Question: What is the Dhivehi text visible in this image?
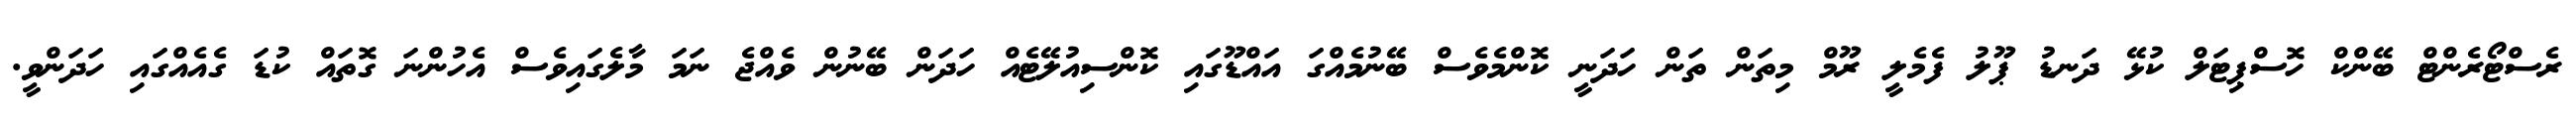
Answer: ރެސްޓޯރެންޓް ބޭންކް ހޮސްޕިޓަލް ކުޅޭ ދަނޑު ޕޫލު ފެމެލީ ރޫމް މިތަން ތަން ހަދަނީ ކޮންމެވެސް ބޭނުމެއްގަ އައްޑޫގައި ކޮންސިއުލޭޓެއް ހަދަން ބޭނުން ވެއްޖެ ނަމަ މާލެގައިވެސް އެހުންނަ ގޮތައް ކުޑަ ގެއެއްގައި ހަދަންވީ.